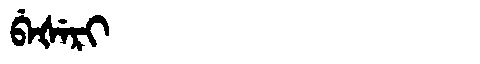
Manchu: ᠪᡝᡧᡝᡵᡳ
Romanization: BEŠERI